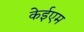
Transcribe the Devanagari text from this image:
केईएम